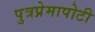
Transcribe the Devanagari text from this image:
पुत्रप्रेमापोटी